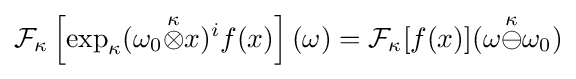
{\cal {F}}_{\kappa }\left[\exp _{\kappa }(\omega _{0}{\stackrel {\kappa }{\otimes }}x)^{i}f(x)\right](\omega )={\cal {F}}_{\kappa }[f(x)](\omega {\stackrel {\kappa }{\ominus }}\omega _{0})